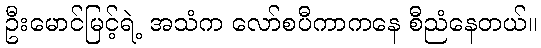
ဦးမောင်မြင့်ရဲ့ အသံက လော်စပီကာကနေ စီညံနေတယ်။